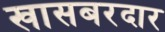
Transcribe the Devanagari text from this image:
खासबरदार